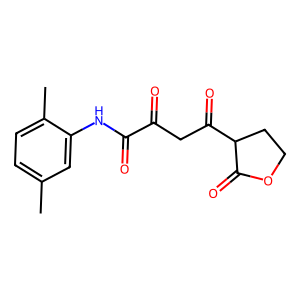
SMILES: Cc1ccc(C)c(NC(=O)C(=O)CC(=O)C2CCOC2=O)c1
Inhibits HIV replication: No